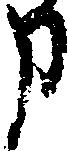
申